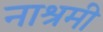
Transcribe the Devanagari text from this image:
नाश्रमी